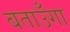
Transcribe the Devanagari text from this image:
बताउँगा